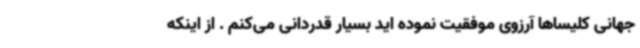
جهانی کلیساها آرزوی موفقیت نموده اید بسیار قدردانی می‌کنم . از اینکه